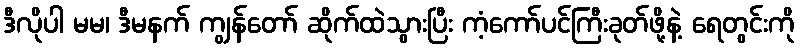
ဒီလိုပါ မမ၊ ဒီမနက် ကျွန်တော် ဆိုက်ထဲသွားပြီး ကံ့ကော်ပင်ကြီးခုတ်ဖို့နဲ့ ရေတွင်းကို